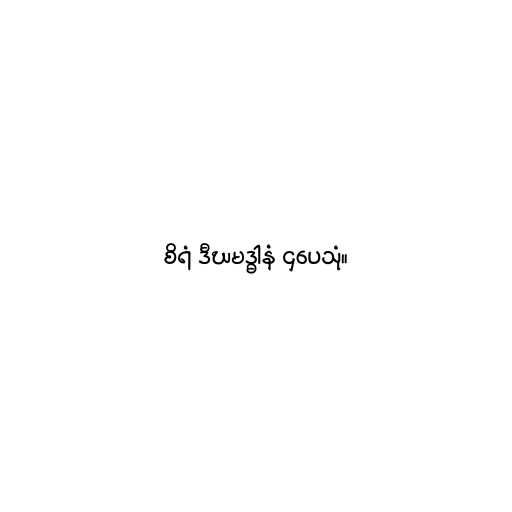
စိရံ ဒီဃမဒ္ဓါနံ ဌပေသုံ။